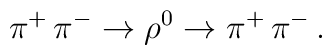
\pi^{+}\,\pi^{-} \rightarrow \rho^{0} \rightarrow\pi^{+}\, \pi^{-} \, .